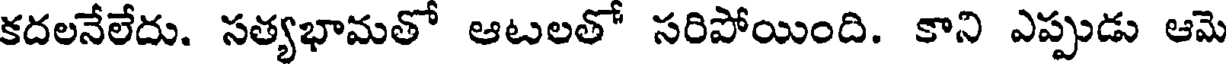
కదలనేలేదు. సత్యభామతో ఆటలతో సరిపోయింది. కాని ఎప్పుడు ఆమె